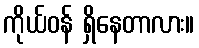
ကိုယ်ဝန် ရှိနေတာလား။